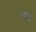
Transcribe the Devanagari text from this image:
नॉद